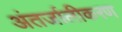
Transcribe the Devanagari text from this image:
अंतर्जालीकरण